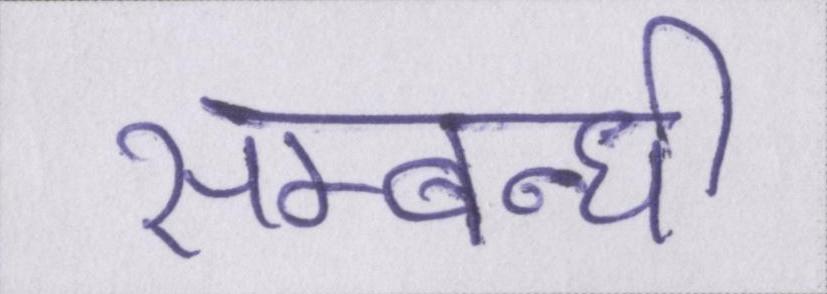
सम्बन्धी